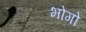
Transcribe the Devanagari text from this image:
भोगो